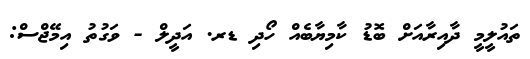
ތައުލީމީ ދާއިރާއަށް ބޮޑު ކާމިޔާބެއް ހޯދި ޑރ. އަދީލް - ވަގުތު އިމޭޖްސް: